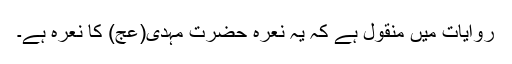
روایات میں منقول ہے کہ یہ نعرہ حضرت مہدی(عج) کا نعرہ ہے۔